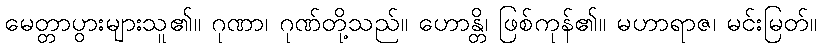
မေတ္တာပွားများသူ၏။ ဂုဏာ၊ ဂုဏ်တို့သည်။ ဟောန္တိ၊ ဖြစ်ကုန်၏။ မဟာရာဇ၊ မင်းမြတ်။